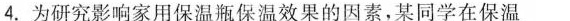
4.为研究影响家用保温瓶保温效果的因素，某同学在保温